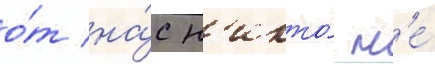
о́т на́с н'икто́ н'е́